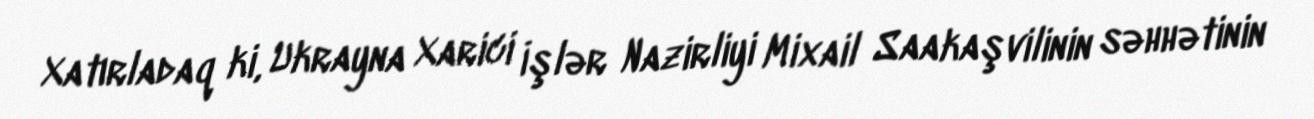
Xatırladaq ki, Ukrayna Xarici İşlər Nazirliyi Mixail Saakaşvilinin səhhətinin